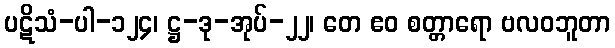
ပဋိသံ-ပါ-၁၂၄၊ ဋ္ဌ-ဒု-အုပ်-၂၂၊ တေ ဧဝ စတ္တာရော ဗလဝဘူတာ